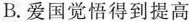
B.爱国觉悟得到提高